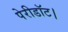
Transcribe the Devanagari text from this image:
पेरीडॉट।